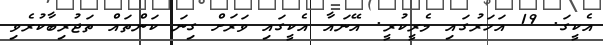
އެކީގަ. 19 އަހަރުގައި މެރީކުރީ. އޭނައާ އެކީގައި ވަރަށް ގިނަ ކަންތައް ތަޖުރިބާކުރެވި